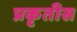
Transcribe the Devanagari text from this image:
प्रकृतीस